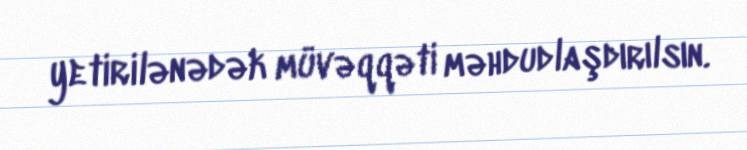
yetirilənədək müvəqqəti məhdudlaşdırılsın.